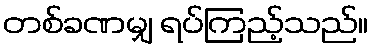
တစ်ခဏမျှ ရပ်ကြည့်သည်။